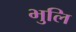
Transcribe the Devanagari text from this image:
भुलि